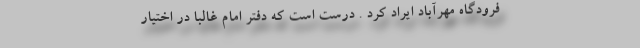
فرودگاه مهرآباد ایراد کرد . درست است که دفتر امام غالبا در اختیار